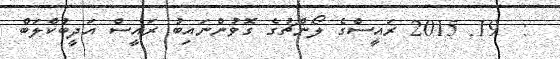
:  19